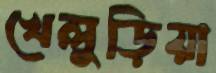
খেলুড়িয়া